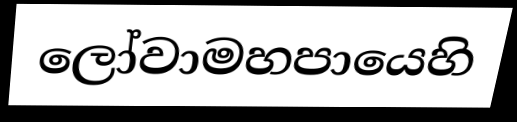
ලෝවාමහපායෙහි